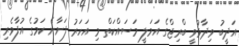
އަދީބު ވިދާޅުވީ ބްރިޖްގެ އަމަލީ މަސައްކަތް މި އަހަރު ފަށާނެ ކަމުގެ އުފާވެރި